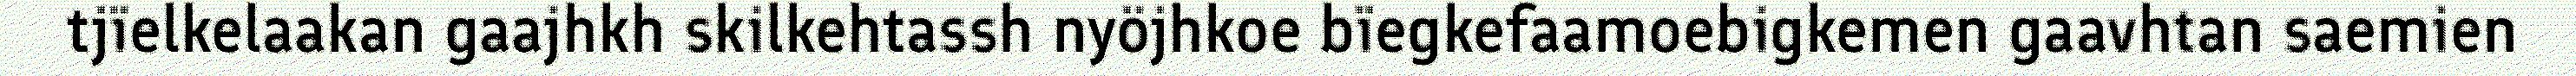
tjïelkelaakan gaajhkh skilkehtassh nyöjhkoe bïegkefaamoebigkemen gaavhtan saemien